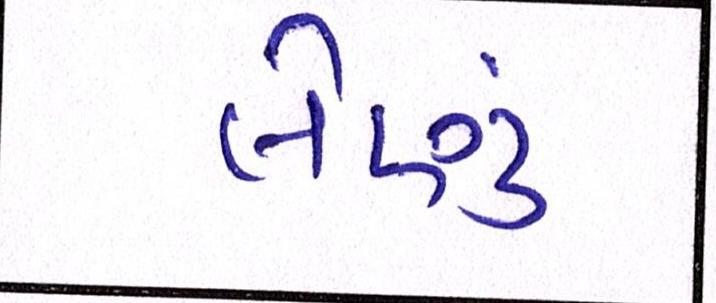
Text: લેણું